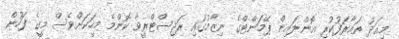
މިއަދު ތައާރަފުކުރި އޮންލައިން ޕޭމަންޓްގެ ނިޒާމުގައި ރަޖިސްޓްރީވާ ކޮންމެ މީހަކަށްވެސް މީގެ ފަހުން